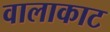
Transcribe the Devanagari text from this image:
वालाकाट